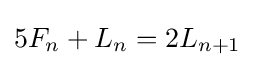
5F_{n}+L_{n}=2L_{n+1}